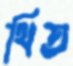
থিত